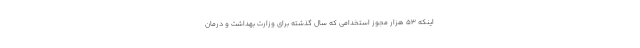
اینکه ۵۳ هزار مجوز استخدامی که سال گذشته برای وزارت بهداشت و درمان